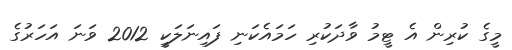
މީގެ ކުރިން އެ ޓީމު ވާދަކުރި ހަމައެކަނި ފައިނަލަކީ 2012 ވަނަ އަހަރުގެ